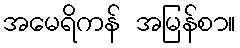
အမေရိကန် အမြန်စာ။